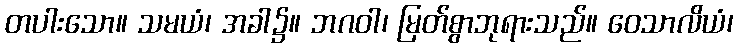
တပါးသော။ သမယံ၊ အခါ၌။ ဘဂဝါ၊ မြတ်စွာဘုရားသည်။ ဝေသာလိယံ၊